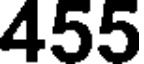
455